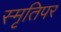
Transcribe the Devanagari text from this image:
स्मृतिपर